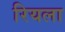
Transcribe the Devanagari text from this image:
रियला